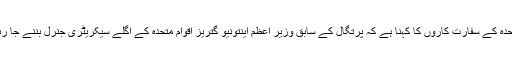
اقوام متحدہ کے سفارت کاروں کا کہنا ہے کہ پرتگال کے سابق وزیر اعظم اینتونیو گتریز اقوام متحدہ کے اگلے سیکریٹری جنرل بننے جا رہے ہیں۔